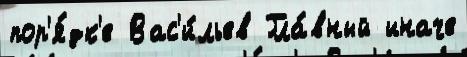
пор'я́дк'е Вас'и́льев Гла́вный иначе